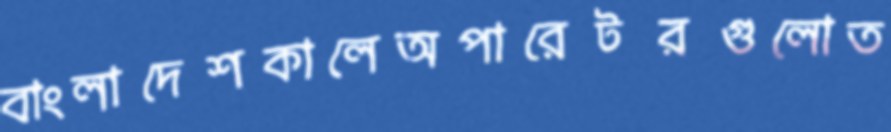
বাংলাদেশকালেঅপারেটরগুলোত